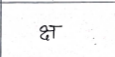
मजकूर: क्ष